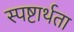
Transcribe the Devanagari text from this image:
स्पष्टार्थता